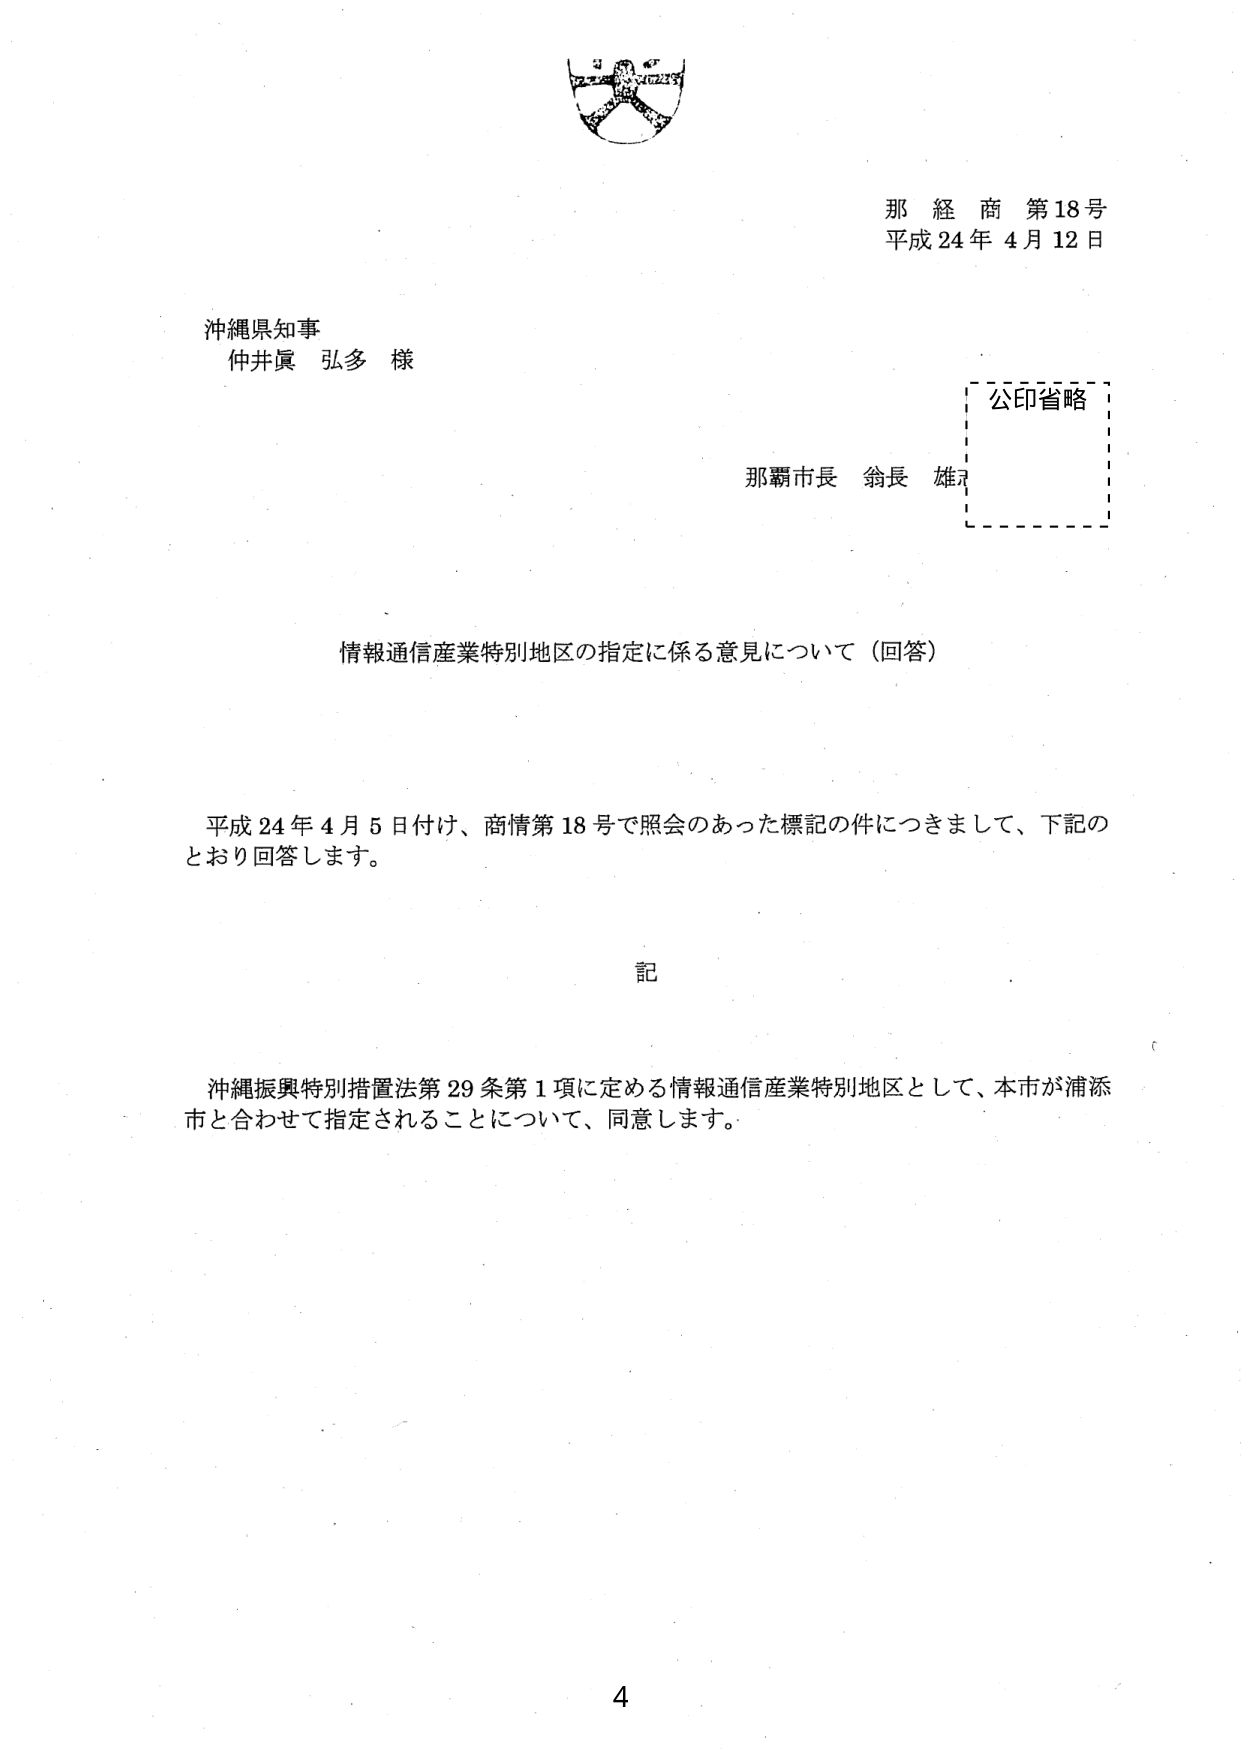
那 経 商 第18号
平成24年4月12日

沖縄県知事
仲井眞 弘多 様

公印省略
那覇市長 翁長 雄志

情報通信産業特別地区の指定に係る意見について（回答）

平成24年4月5日付け、商情第18号で照会のあった標記の件につきまして、下記のとおり回答します。

記

沖縄振興特別措置法第29条第1項に定める情報通信産業特別地区として、本市が浦添市と合わせて指定されることについて、同意します。

4